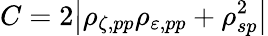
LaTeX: C=2\big|\rho_{\zeta,pp}\rho_{\varepsilon,pp}+\rho_{sp}^{2}\big|